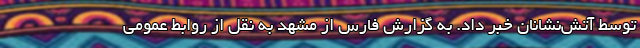
توسط آتش‌نشانان خبر داد. به گزارش فارس از مشهد به نقل از روابط عمومی